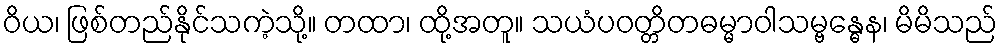
ဝိယ၊ ဖြစ်တည်နိုင်သကဲ့သို့။ တထာ၊ ထို့အတူ။ သယံပဝတ္တိတဓမ္မာဝါသမ္ဗန္ဓေန၊ မိမိသည်